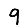
Digit: 9